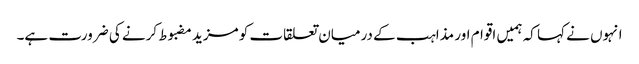
انہوں نے کہا کہ ہمیں اقوام اور مذاہب کے درمیان تعلقات کو مزید مضبوط کرنے کی ضرورت ہے۔